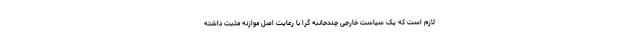
لازم است که یک سیاست خارجی چندجانبه گرا با رعایت اصل موازنه مثبت داشته